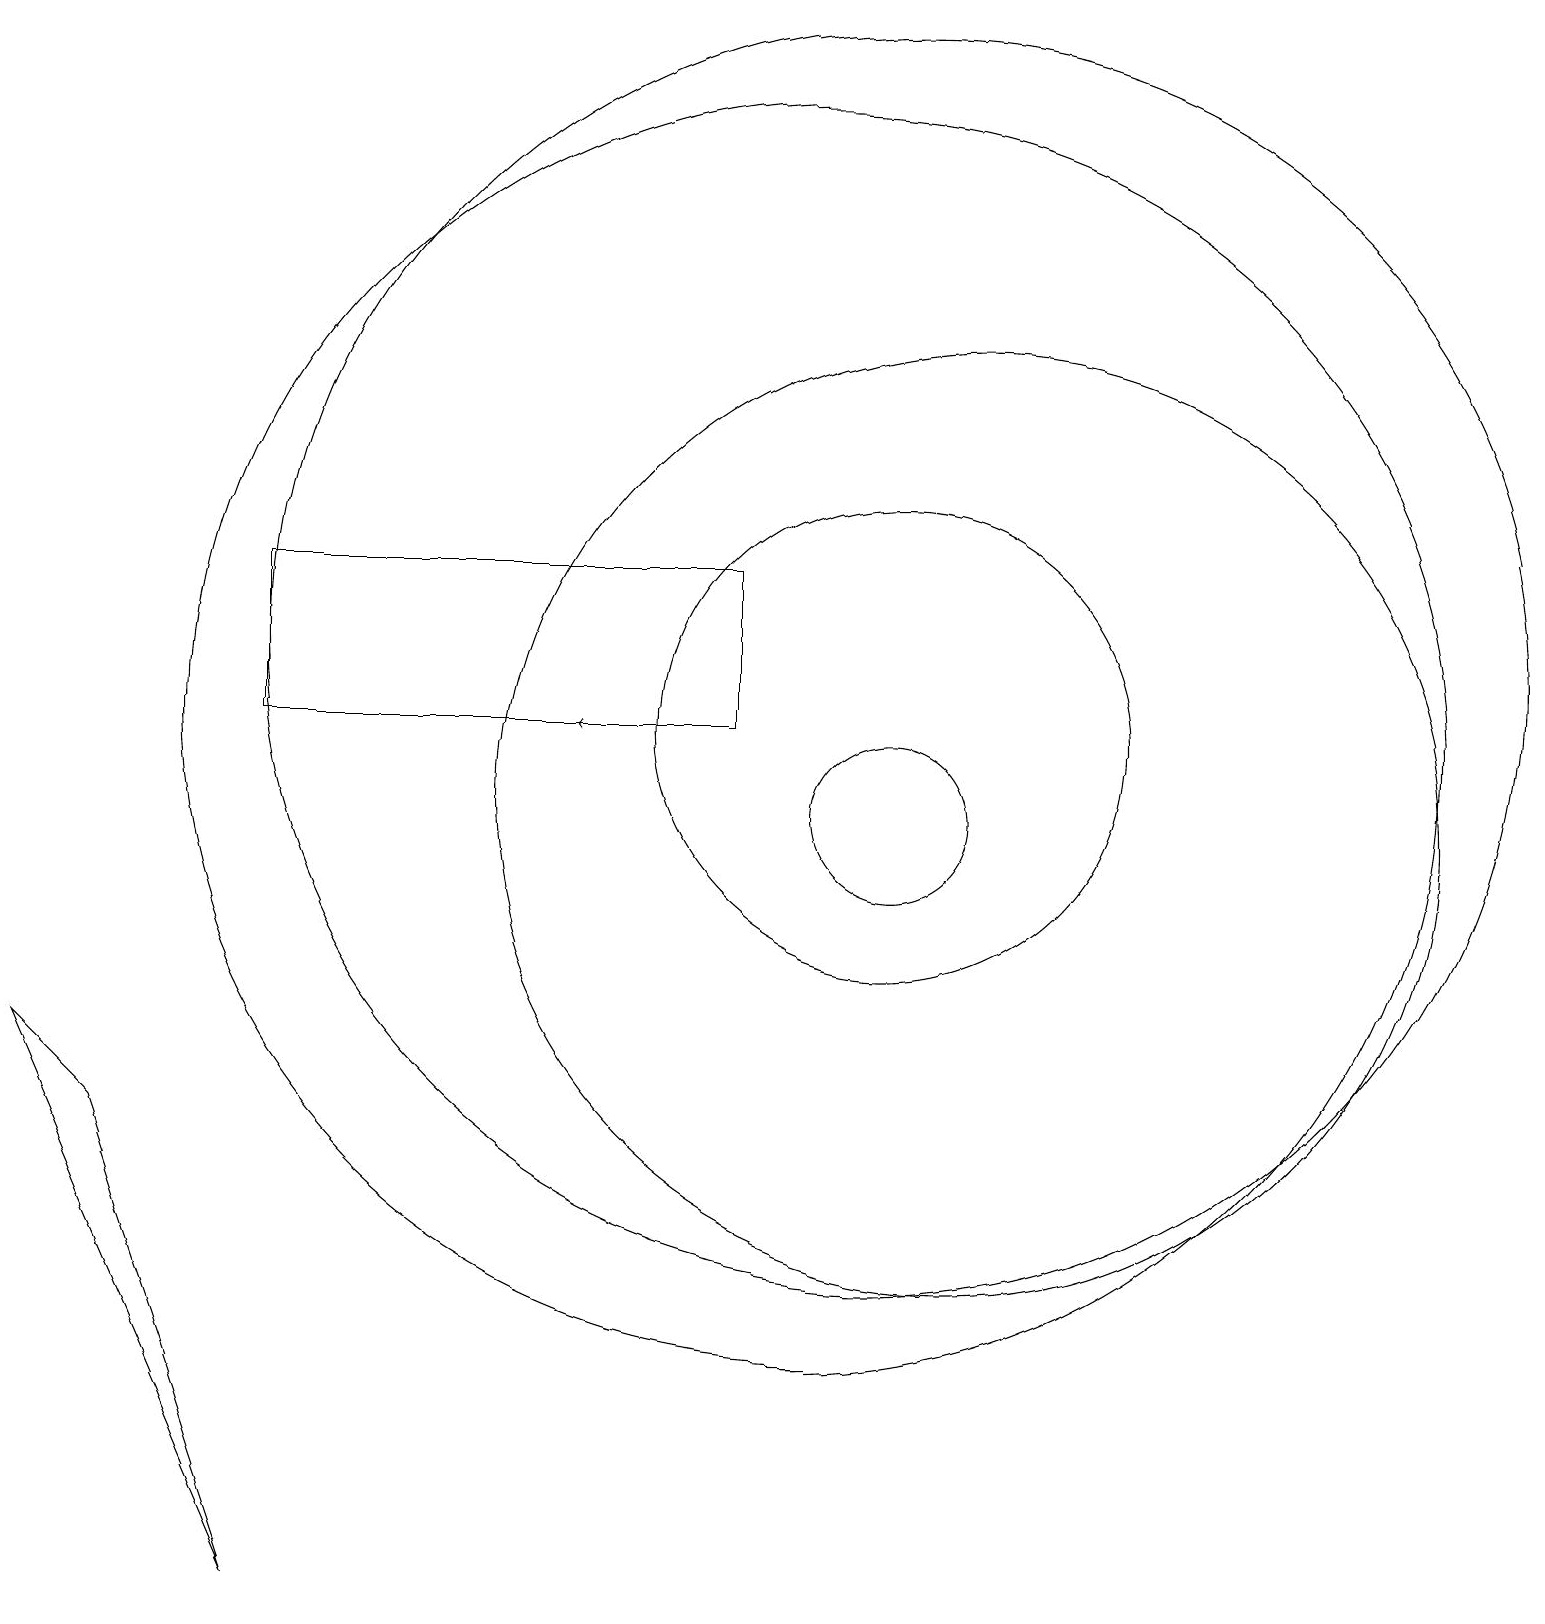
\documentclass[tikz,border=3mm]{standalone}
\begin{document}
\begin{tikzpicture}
\draw (11,12) circle (8);
\draw (10,11) circle (8);
\draw (11,10) circle (1);
\draw (3,0) -- (1,6) -- (0,7) -- cycle;
\draw (11,11) circle (3);
\draw[->] (8,11) -- (7,11);
\draw (12,10) circle (6);
\draw (3,13) rectangle (9,11);
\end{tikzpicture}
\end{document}